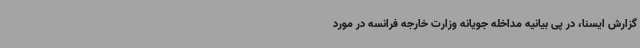
گزارش ایسنا، در پی بیانیه مداخله جویانه وزارت خارجه فرانسه در مورد